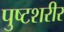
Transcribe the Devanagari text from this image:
पुष्टशरीर